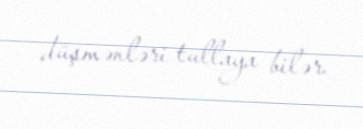
düşmənləri tullaya bilər.